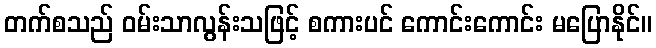
တက်စသည် ဝမ်းသာလွန်းသဖြင့် စကားပင် ကောင်းကောင်း မပြောနိုင်။